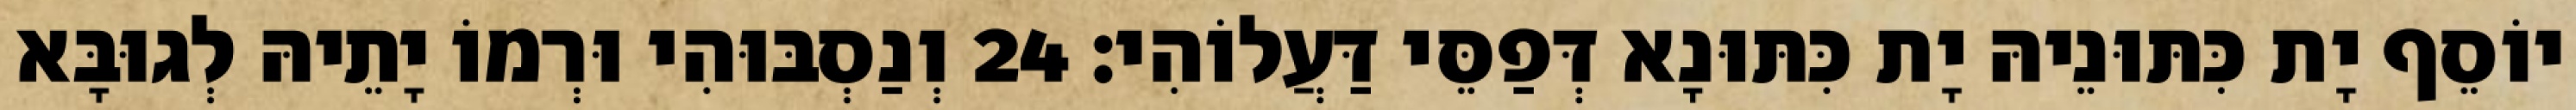
יוֹסֵף יָת כִּתּוּנֵיהּ יָת כִּתּוּנָא דְּפַסֵּי דַּעֲלוֹהִי׃ 24 וְנַסְבּוּהִי וּרְמוֹ יָתֵיהּ לְגוּבָּא